Lunatic asylums United Prov. 1922-30 - 1922-1930
Year: 1922
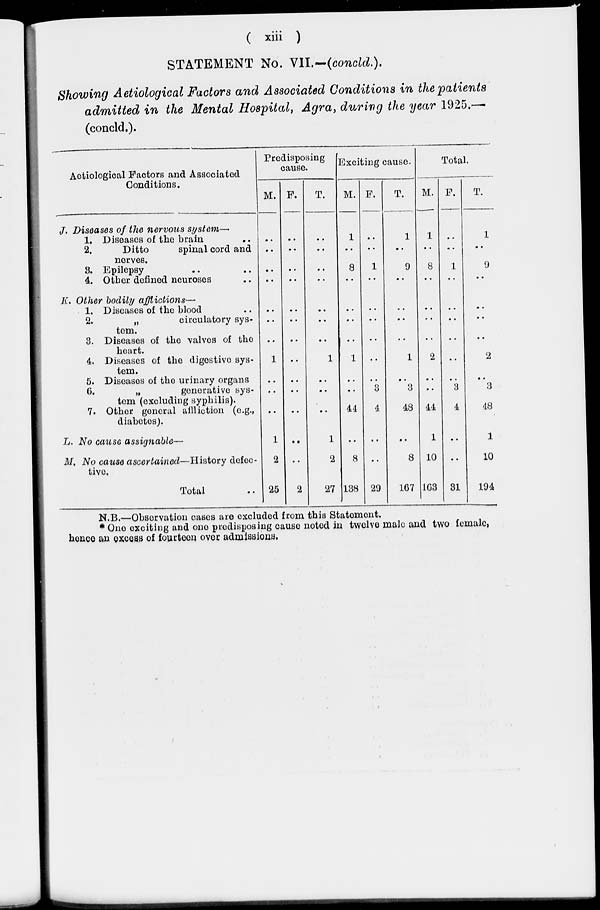
( xiii )
STATEMENT No. VII.–(concld.).
Showing Aetiological Factors and Associated Conditions in the patients
admitted in the Mental Hospital, Agra, during the year 1925.—
(concld.).
Aetiological Factors and Associated
Conditions.
J. Diseases of the nervous system—
1. Diseases of the brain
2.
Ditto
spinal cord and
nerves.
3. Epilepsy
4. Other defined neuroses
K. Other bodily afflictions—
1. Diseases of the blood
2.
„
circulatory sys-
tem.
3. Diseases of the valves of the
heart.
4. Diseases of the digestive sys-
tem.
5. Diseases of the urinary organs
6.
„
generative
sys-
tem (excluding syphilis).
7. Other general affliction (e.g.,
diabetes).
L. No cause assignable—
M. No cause ascertained—History
defec-
tive.
Total
Predisposing
cause.
M.
..
..
..
..
..
..
..
1
..
..
..
1
2
25
F.
..
..
..
..
..
..
..
..
..
..
..
..
..
2
T.
..
..
..
..
..
..
..
1
..
..
..
1
2
27
Exciting cause.
M.
1
..
8
..
..
..
..
1
..
..
44
..
8
138
F.
..
..
1
..
..
..
..
..
..
3
4
..
..
29
T.
1
..
9
..
..
..
..
1
..
3
48
..
8
167
Total.
M.
1
..
8
..
..
..
..
2
..
..
44
1
10
163
F.
.. ..
..
1
..
..
..
..
..
..
3
4
..
..
31
T.
1
..
9
..
..
..
..
2
..
3
48
1
10
194
N.B.—Observation cases are excluded from this Statement.
* One exciting and one predisposing cause noted in twelve male and two female,
hence an excess of fourteen over admissions.